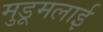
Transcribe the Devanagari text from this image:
मुडूमलाई